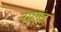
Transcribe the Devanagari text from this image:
नारगुंड